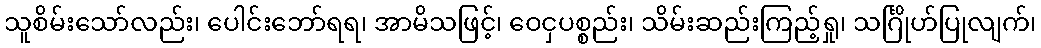
သူစိမ်းသော်လည်း၊ ပေါင်းဘော်ရရ၊ အာမိသဖြင့်၊ ဝေငှပစ္စည်း၊ သိမ်းဆည်းကြည့်ရှု၊ သင်္ဂြိုဟ်ပြုလျက်၊